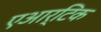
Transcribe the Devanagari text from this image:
एआर्टिक